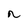
Character: n